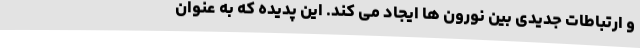
و ارتباطات جدیدی بین نورون ها ایجاد می کند. این پدیده که به عنوان